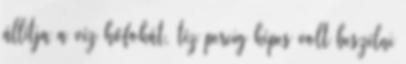
állítja a víz hőfokát, tíz percig képes volt beszélni